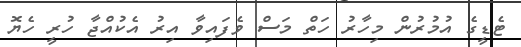
ޓެޑީގެ އުމުރުން މިހާރު ހަތް މަސް ވެފައިވާ އިރު އެކުއްޖާ ހުރީ ހެޔޮ